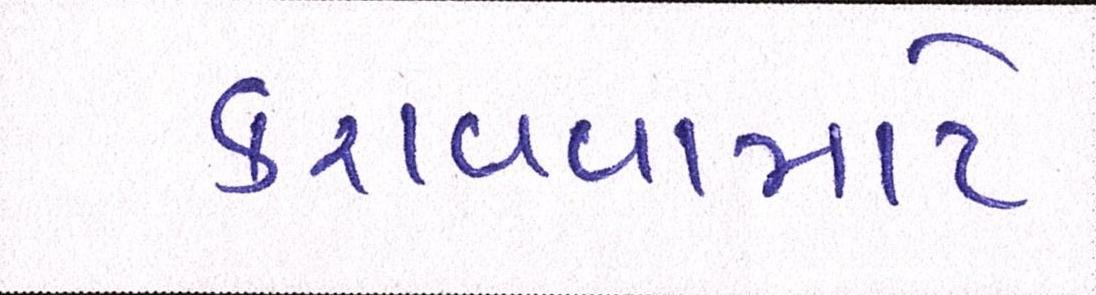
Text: કરાવવામાટે